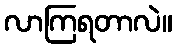
လာကြရတာလဲ။